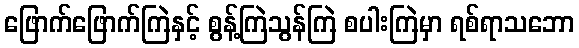
ဖြောက်ဖြောက်ကြဲနှင့် စွန့်ကြဲသွန်ကြဲ စပါးကြဲမှာ ရစ်ရာသဘော